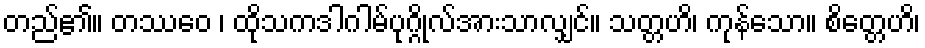
တည်၏။ တဿေဝ ၊ ထိုသကဒါဂါမ်ပုဂ္ဂိုလ်အားသာလျှင်။ သတ္တဟိ၊ ကုန်သော။ စိတ္တေဟိ၊